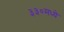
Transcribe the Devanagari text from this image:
३३०मध्ये